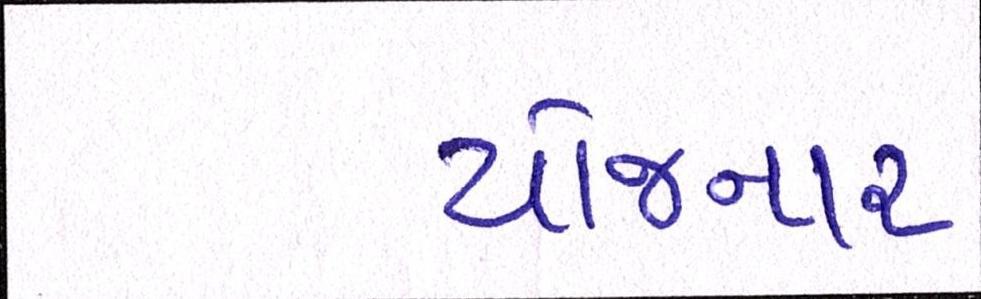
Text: યોજનાર